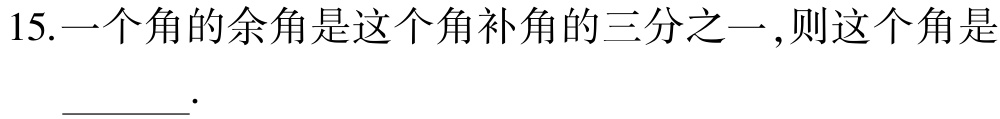
15.一个角的余角是这个角补角的三分之一,则这个角是___.